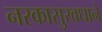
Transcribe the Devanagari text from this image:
नरकासुरवधाने